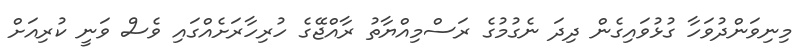
މިނިވަންދުވަހާ ގުޅުވައިގެން ދިދަ ނެގުމުގެ ރަސްމިއްޔާތު ރާއްޖޭގެ ހުރިހާރަށެއްގައި ވެސް ވަނީ ކުރިއަށް